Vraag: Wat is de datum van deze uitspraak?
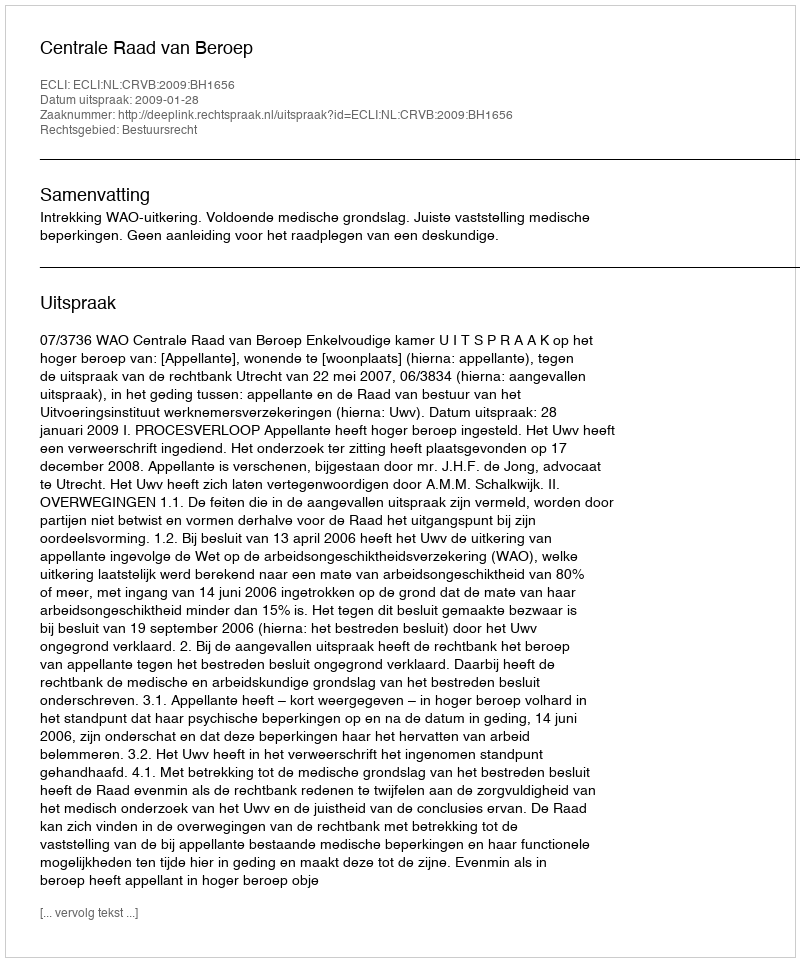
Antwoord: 2009-01-28